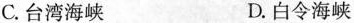
C.台湾海峡 D.白令海峡